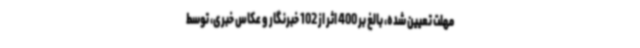
مهلت تعیین شده، بالغ بر 400 اثر از 102 خبرنگار و عکاس خبری، توسط